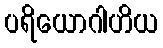
ပရိယောဂါဟိယ